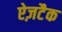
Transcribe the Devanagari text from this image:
ऐज़टैक